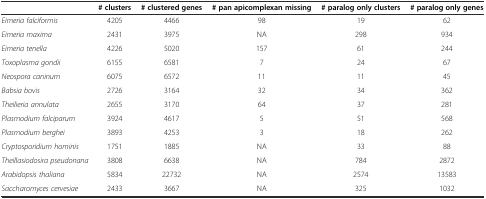
<table><thead><tr><td></td><td><b># clusters</b></td><td><b># clustered genes</b></td><td><b># pan apicomplexan missing</b></td><td><b># paralog only clusters</b></td><td><b># paralog only genes</b></td></tr></thead><tbody><tr><td><i>Eimeria falciformis</i></td><td>4205</td><td>4466</td><td>98</td><td>19</td><td>62</td></tr><tr><td><i>Eimeria maxima</i></td><td>2431</td><td>3975</td><td>NA</td><td>298</td><td>934</td></tr><tr><td><i>Eimeria tenella</i></td><td>4226</td><td>5020</td><td>157</td><td>61</td><td>244</td></tr><tr><td><i>Toxoplasma gondii</i></td><td>6155</td><td>6581</td><td>7</td><td>24</td><td>67</td></tr><tr><td><i>Neospora caninum</i></td><td>6075</td><td>6572</td><td>11</td><td>11</td><td>45</td></tr><tr><td><i>Babsia bovis</i></td><td>2726</td><td>3164</td><td>32</td><td>34</td><td>362</td></tr><tr><td><i>Theilieria annulata</i></td><td>2655</td><td>3170</td><td>64</td><td>37</td><td>281</td></tr><tr><td><i>Plasmodium falciparum</i></td><td>3924</td><td>4617</td><td>5</td><td>51</td><td>568</td></tr><tr><td><i>Plasmodium berghei</i></td><td>3893</td><td>4253</td><td>3</td><td>18</td><td>262</td></tr><tr><td><i>Cryptosporidium hominis</i></td><td>1751</td><td>1885</td><td>NA</td><td>33</td><td>88</td></tr><tr><td><i>Theillasiodosira pseudonana</i></td><td>3808</td><td>6638</td><td>NA</td><td>784</td><td>2872</td></tr><tr><td><i>Arabidopsis thaliana</i></td><td>5834</td><td>22732</td><td>NA</td><td>2574</td><td>13583</td></tr><tr><td><i>Saccharomyces cervesiae</i></td><td>2433</td><td>3667</td><td>NA</td><td>325</td><td>1032</td></tr></tbody></table>